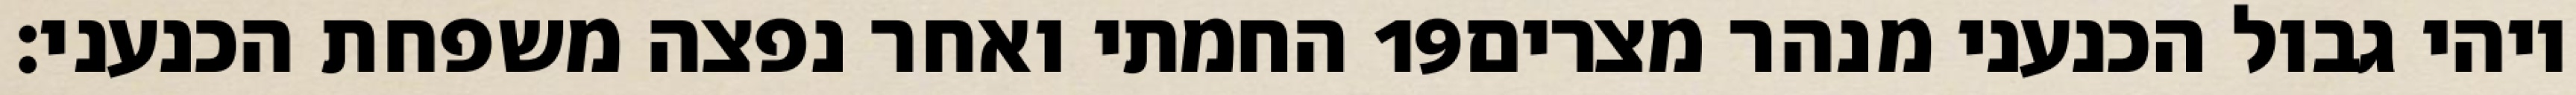
החמתי ואחר נפצה משפחת הכנעני׃ ‎19‏ ויהי גבול הכנעני מנהר מצרים